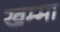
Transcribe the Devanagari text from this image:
खम्मा